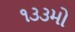
૧૩૩મો